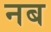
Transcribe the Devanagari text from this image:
नब